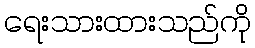
ရေးသားထားသည်ကို